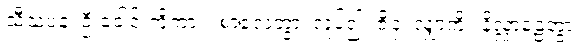
သီသံပန၊ ဦးခေါင်းကိုကား။ စာလေတွာ၊ လှုပ်၍။ ဇိဝှံ၊ လျှာကို။ နိလ္လာဠေတွာ၊